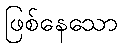
ဖြစ်နေသော